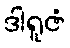
ဒါရူဇံ